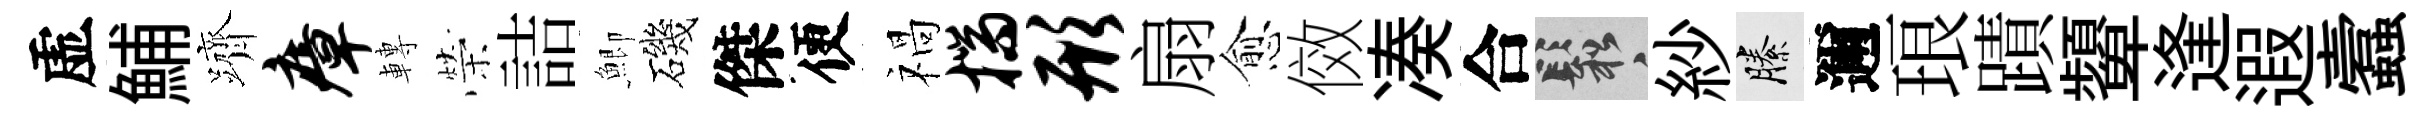
虚鯆躋瘴轉榮詰鯽磯傑便禍揣形扇愈傚凑合鬆紗縢邇琅蹟顰逢遐蠧